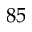
8 5